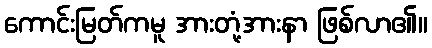
ကောင်းမြတ်ကမူ အားတုံ့အားနာ ဖြစ်လာ၏။